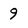
Character: 9